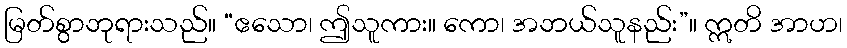
မြတ်စွာဘုရားသည်။ “ဧသော၊ ဤသူကား။ ကော၊ အဘယ်သူနည်း”။ ဣတိ အာဟ၊